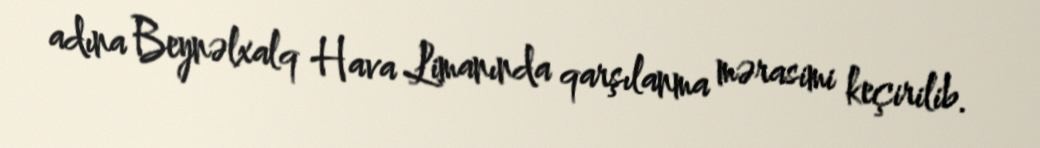
adına Beynəlxalq Hava Limanında qarşılanma mərasimi keçirilib.